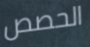
الحصص